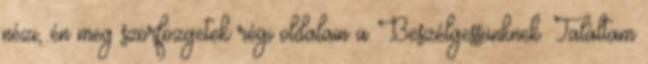
nézi, én meg szörfözgetek régi oldalain a Beszélgessünknek. Találtam